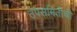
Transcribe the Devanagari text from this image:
उपसमितीची